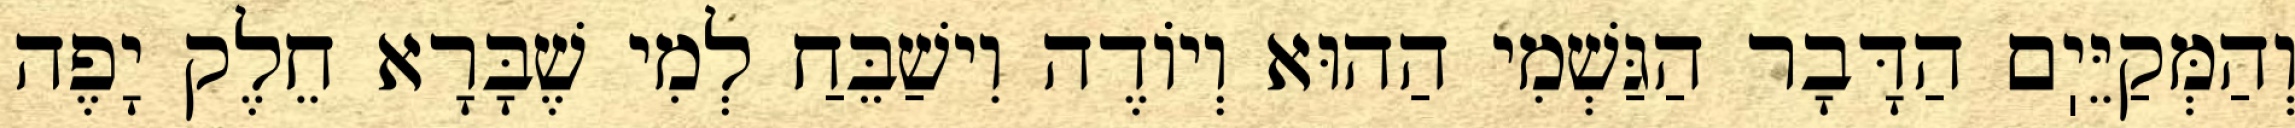
וְהַמְּקַיֵּיֽם הַדָּבָר הַגַּשְׁמִי הַהוּא וְיוֹדֶה וִישַׁבֵּחַ לְמִי שֶׁבָּרָא חֵלֶק יָפֶה